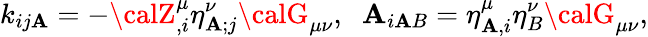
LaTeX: k_{ij\mathbf{A}}=-{\calZ}_{,i}^{\mu}{\eta}_{\mathbf{A};j}^{\nu}{\calG}_{\mu\nu},\; \; \mathbf{A}_{i\mathbf{A}B}=\eta_{\mathbf{A},i}^{\mu}\eta_{B}^{\nu}{\calG}_{\mu\nu},